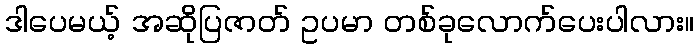
ဒါပေမယ့် အဆိုပြဇာတ် ဥပမာ တစ်ခုလောက်ပေးပါလား။